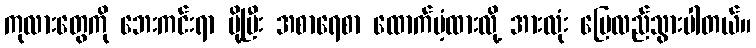
ကုလားတွေကို ဘေးကင်းရာ ပို့ပြီး အစာရေစာ ထောက်ပံ့ထားလို့ အားလုံး ပြေလည်သွားပါတယ်။